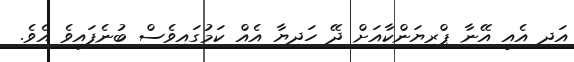
އަދި އެއީ އޭނާ ޕްރިޔަންކާއަށް ދޭ ހަދިޔާ އެއް ކަމުގައިވެސް ބުނެފައިވެ އެވެ.